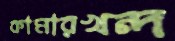
কামারখন্দ